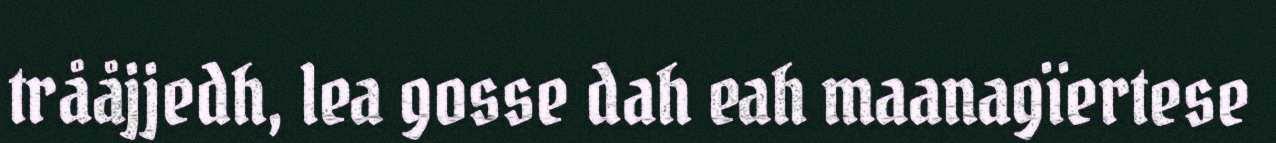
trååjjedh, lea gosse dah eah maanagïertese